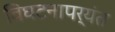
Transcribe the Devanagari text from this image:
विघटनापर्यंत